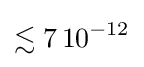
\lesssim 7\,10^{-12}